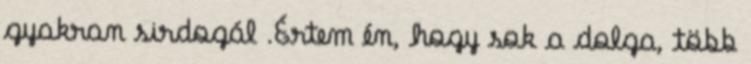
gyakran sirdogál .Értem én, hogy sok a dolga, több